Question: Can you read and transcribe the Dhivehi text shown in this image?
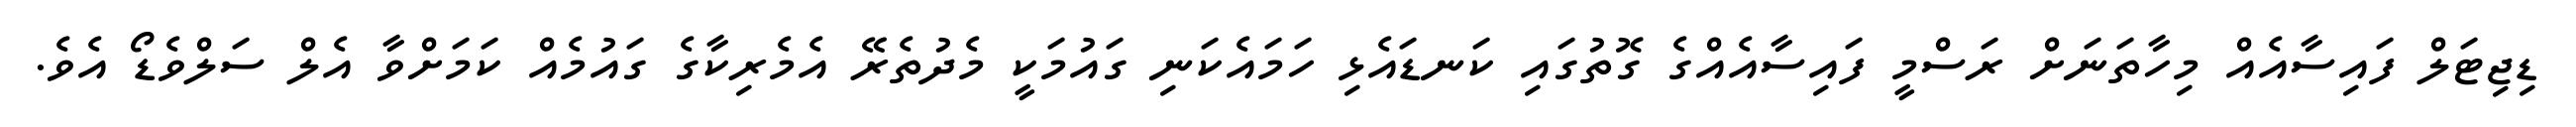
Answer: ޑިޖިޓަލް ފައިސާއެއް މިހާތަނަށް ރަސްމީ ފައިސާއެއްގެ ގޮތުގައި ކަނޑައެޅި ހަމައެކަނި ގައުމަކީ މެދުތެރޭ އެމެރިކާގެ ގައުމެއް ކަމަށްވާ އެލް ސަލްވެޑޯ އެވެ.